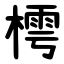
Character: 樗